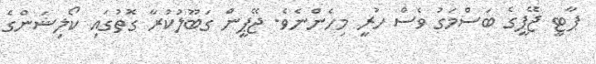
ޕާޓީ ޖޭޕީގެ ބަސްމަގު ވެސް ހުރީ މިހެންނެވެ. ޖޭޕީން ގަބޫލުކުރާ ގޮތުގައި ކޯލިޝަންގެ